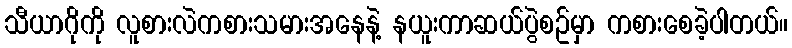
သီယာဂိုကို လူစားလဲကစားသမားအနေနဲ့ နယူးကာဆယ်ပွဲစဥ်မှာ ကစားစေခဲ့ပါတယ်။